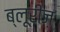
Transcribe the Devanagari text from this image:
ब्लूरीज़